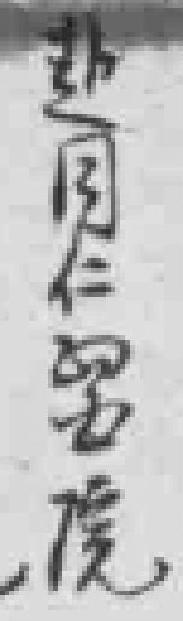
赴同仁醫院